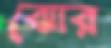
ঝোর